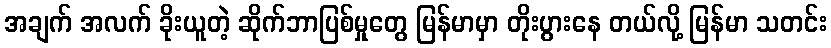
အချက် အလက် ခိုးယူတဲ့ ဆိုက်ဘာပြစ်မှုတွေ မြန်မာမှာ တိုးပွားနေ တယ်လို့ မြန်မာ သတင်း